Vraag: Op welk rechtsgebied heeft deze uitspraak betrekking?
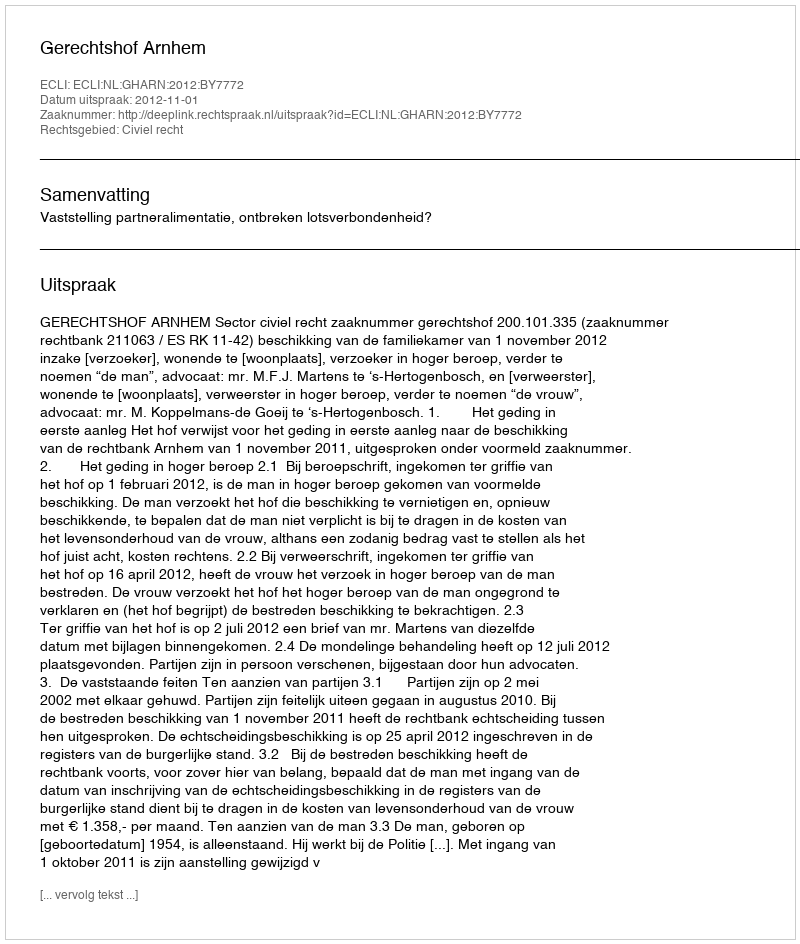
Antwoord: Civiel recht